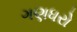
ગણધરો